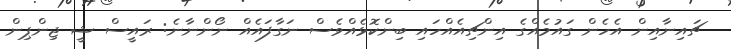
ޗައިނާއިން އެހެން ގައުމެއްގެ އިންޗިއެއްހައި ބިންކޮޅެއްވެސް ނަގާފައެއް ނޯންނާނެ: ރައީސް ޝީ ޖިންޕިން